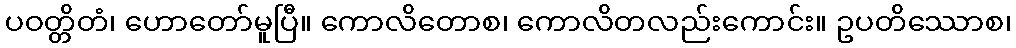
ပဝတ္တိတံ၊ ဟောတော်မူပြီ။ ကောလိတောစ၊ ကောလိတလည်းကောင်း။ ဥပတိဿောစ၊